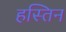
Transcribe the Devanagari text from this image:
हस्तिन